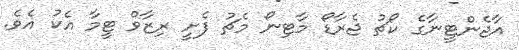
އާޖެންޓީނާގެ ކޯޗު ޖެރާޑޯ މާޓިނޯ މެޗު ފެށީ ރިޒާވް ޓީމާ އެކު އެވެ.